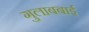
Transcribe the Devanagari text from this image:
गुलाबबाई